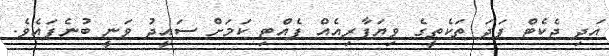
އަދި ޖެކެޓް ފަދަ ތަކެތީގެ ވިޔަފާރިއެއް ފެއްޓި ކަމަށް ސައީދު ވަނީ ބުނެފައެވެ.